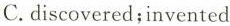
C. discovered;invented